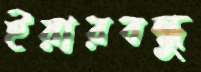
ইয়ারবন্ধু